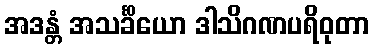
အဒန္တံ အသင်္ခိယော ဒါသိဂဏပရိဝုတာ